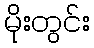
မိုးတွင်း